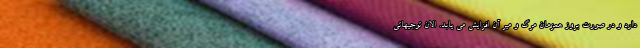
دارد و در صورت بروز همزمان مرگ و میر آن افزایش می یابد. الان توجیهاتی